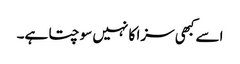
اسے کبھی سزا کا نہیں سوچتا ہے۔